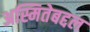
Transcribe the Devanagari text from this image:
अस्मितेबद्दल